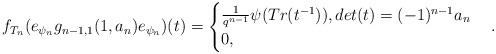
\begin{align*} f_{T_n}(e_{\psi_n}g_{n-1,1}(1,a_n)e_{\psi_n})(t)=\begin{cases} \frac{1}{q^{n-1}}\psi(Tr(t^{-1})), det(t)=(-1)^{n-1}a_n\\ 0, \end{cases}.\end{align*}